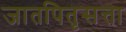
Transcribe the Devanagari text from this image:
जातपितृसत्ता